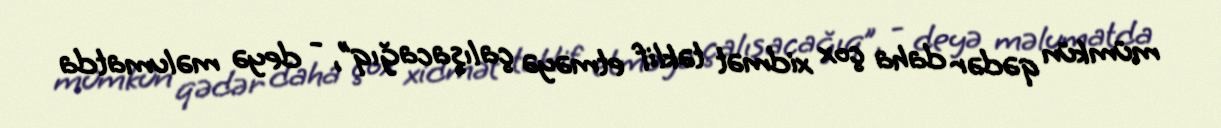
mümkün qədər daha çox xidmət təklif etməyə çalışacağıq”, - deyə məlumatda